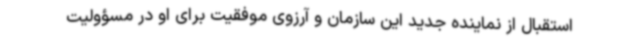
استقبال از نماینده جدید این سازمان و آرزوی موفقیت برای او در مسؤولیت